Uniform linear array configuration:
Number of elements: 4
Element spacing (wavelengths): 0.75
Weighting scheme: blackman
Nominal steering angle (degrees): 30
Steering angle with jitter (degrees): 29.046
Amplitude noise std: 0.05
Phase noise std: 0.05

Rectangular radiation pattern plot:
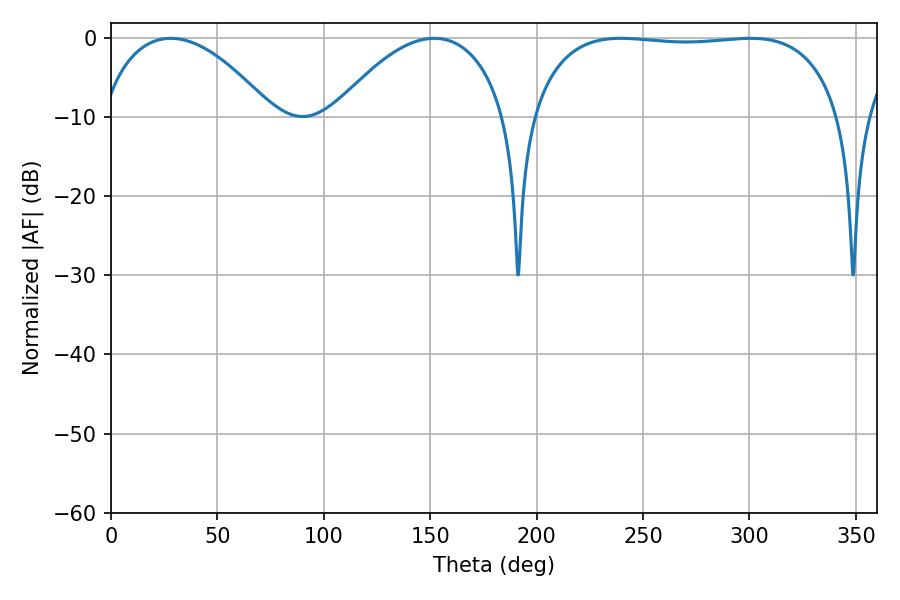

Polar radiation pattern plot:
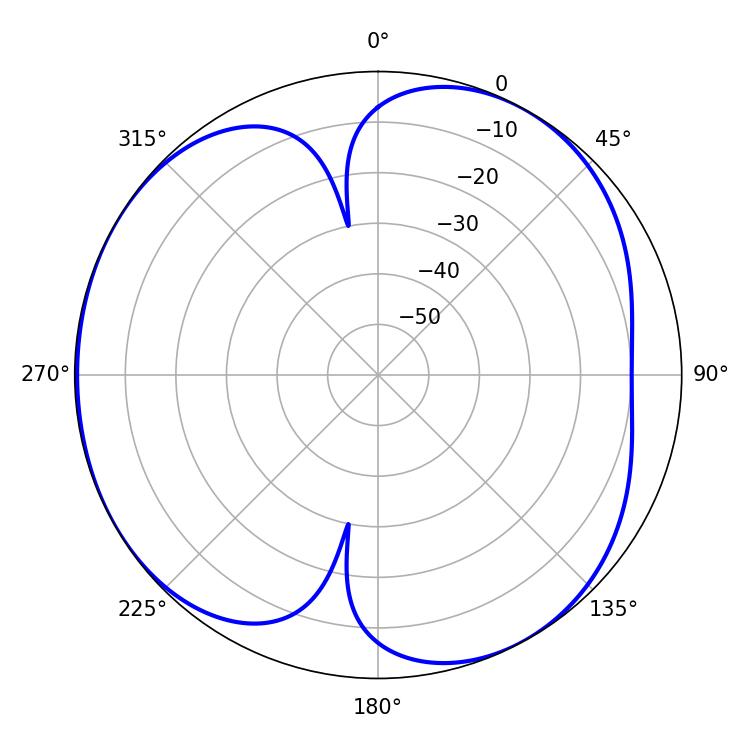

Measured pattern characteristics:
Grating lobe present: TRUE
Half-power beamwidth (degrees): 115.92
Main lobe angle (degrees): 239.58